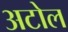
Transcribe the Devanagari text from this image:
अटोल